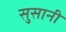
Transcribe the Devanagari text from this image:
सुसानी